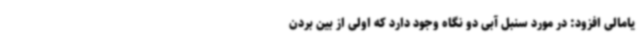
یامالی افزود: در مورد سنبل آبی دو نگاه وجود دارد که اولی از بین بردن